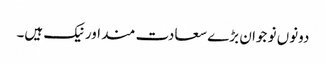
دونوں نو جوان بڑے سعادت مند اور نیک ہیں۔